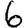
Digit: 6